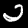
Label: 2